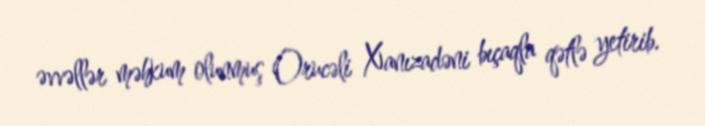
əvvəllər məhkum olunmuş Orucəli Xanızadəni bıçaqla qətlə yetirib.